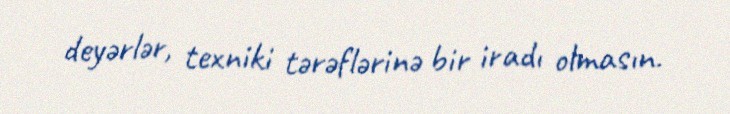
deyərlər, texniki tərəflərinə bir iradı olmasın.